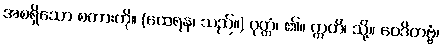
အစရှိသော စကားကို။ (ထေရန၊ သည်။) ဝုတ္တံ၊ ၏။ ဣတိ၊ သို့။ ဝေဒိတဗ္ဗံ၊